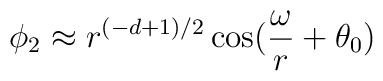
\phi _{2}\approx r^{(-d+1)/2}\cos (\frac{\omega }{r}+\theta _{0})